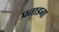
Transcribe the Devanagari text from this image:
प्रताडना